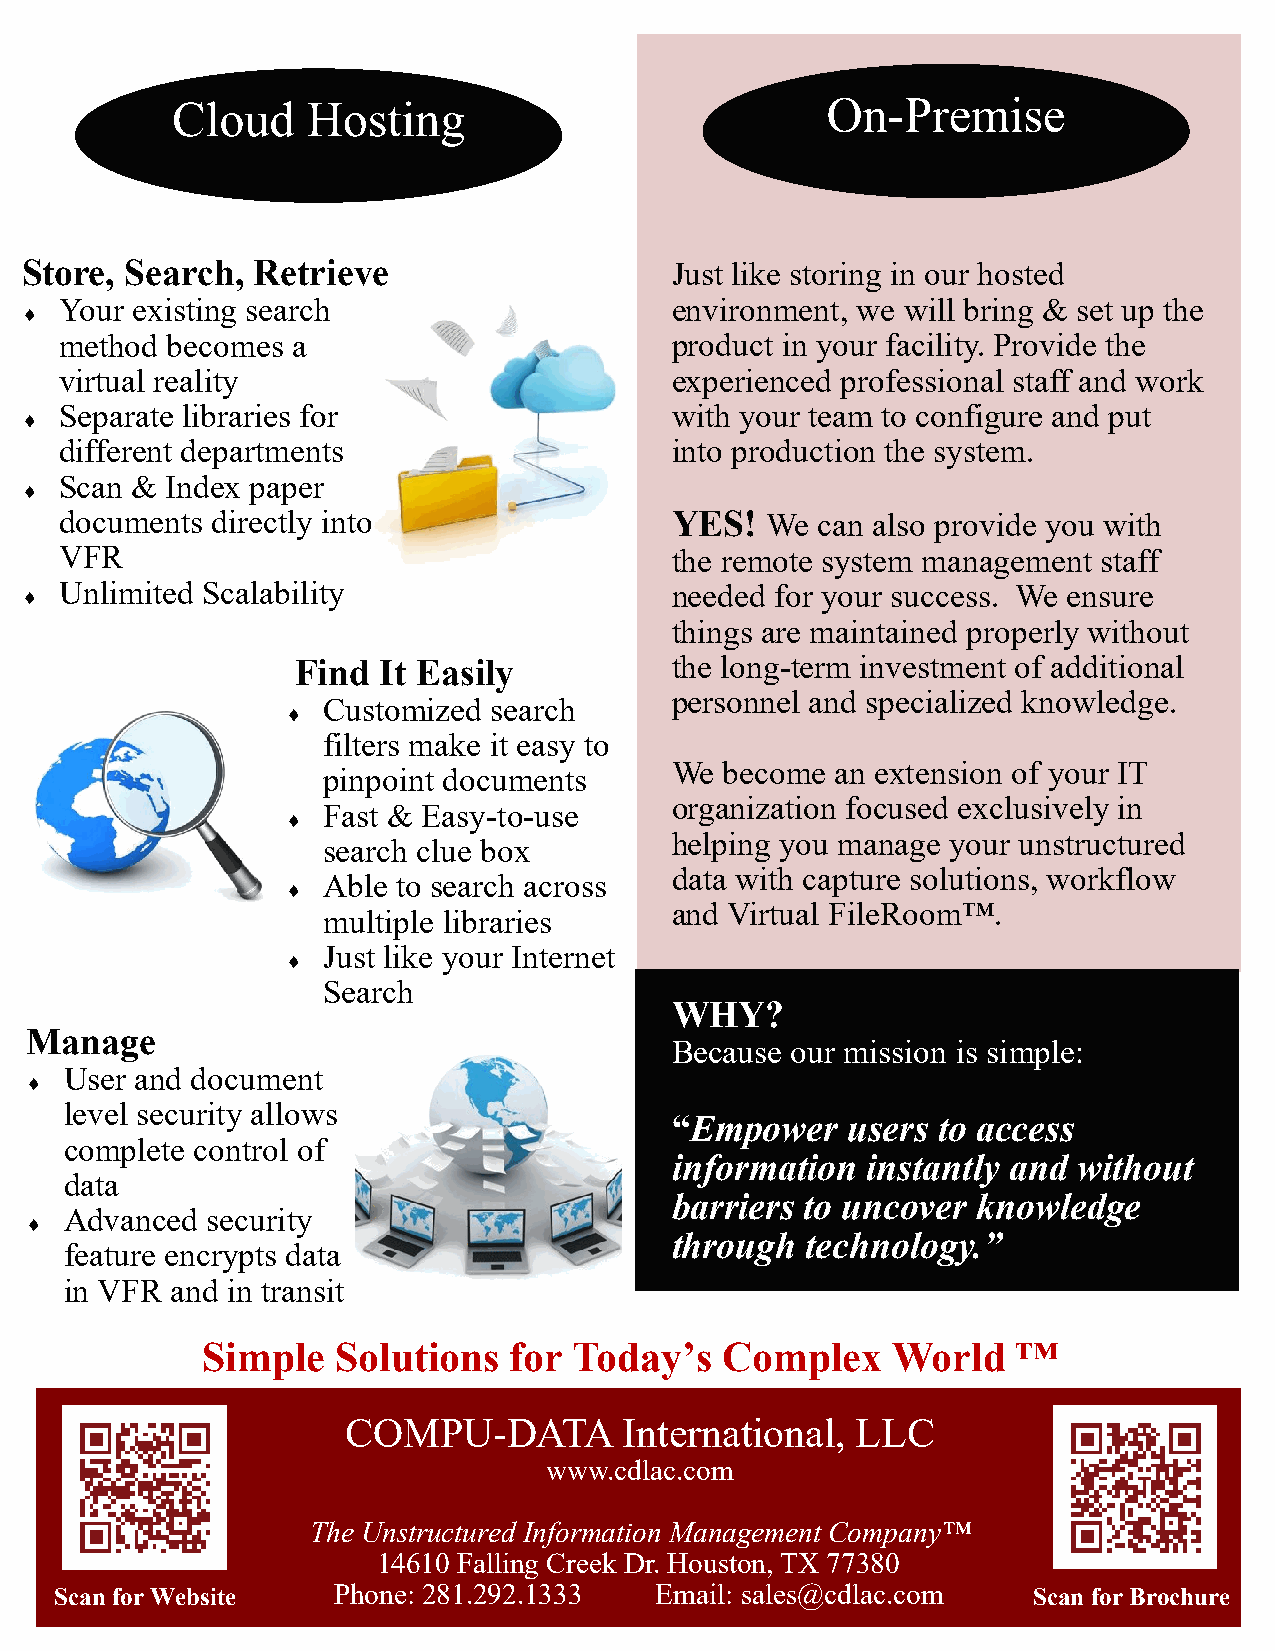
Cloud    Hosting                            On-Premise
 Store, Search,  Retrieve                   Just like storing in our hosted
 Your existing search                    environment, we will bring & set up the
 
 method becomes a                        product in your facility. Provide the
 virtual reality                         experienced professional staff and work
 Separate libraries for                  with your team to configure and put
 
 different departments                   into production the system.
 Scan & Index paper
 
 documents directly into                 YES!   We can also provide you with
 VFR                                     the remote system management staff
 Unlimited Scalability                   needed for your success. We ensure
 
 things are maintained properly without
 Find It Easily          the long-term investment of additional
 personnel and specialized knowledge.
 Customized search
 
 filters make it easy to
 We  become an extension of your IT
 pinpoint documents
 organization focused exclusively in
 Fast & Easy-to-use
 
 helping you manage your unstructured
 search clue box
 data with capture solutions, workflow
 Able to search across
 
 and Virtual FileRoom™.
 multiple libraries
 Just like your Internet
 
 Search
 WHY?
 Manage
 Because our mission is simple:
 User and document
 
 level security allows
 “Empower    users to access
 complete control of
 information  instantly and without
 data
 barriers to uncover  knowledge
 Advanced  security
 
 through  technology.”
 feature encrypts data
 in VFR and in transit
 Simple   Solutions   for Today’s   Complex    World   ™
 COMPU-DATA        International,  LLC
 www.cdlac.com
 The Unstructured Information Management Company™
 14610 Falling Creek Dr. Houston, TX 77380
 Scan for Website  Phone: 281.292.1333  Email: sales@cdlac.com   Scan for Brochure